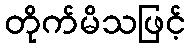
တိုက်မိသဖြင့်